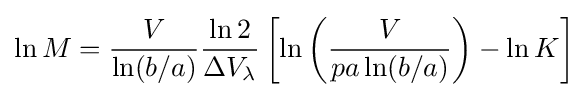
\ln M={\frac {V}{\ln(b/a)}}{\frac {\ln 2}{\Delta V_{\lambda }}}\left[\ln \left({\frac {V}{pa\ln(b/a)}}\right)-\ln K\right]